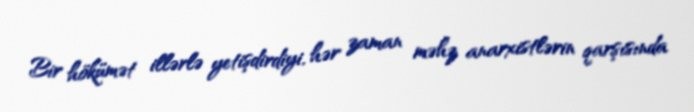
Bir hökümət illərlə yetişdirdiyi, hər zaman məhz anarxistlərin qarşısında